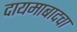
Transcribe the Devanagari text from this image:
दायमाबादचा